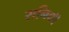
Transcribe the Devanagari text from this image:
सनिकी